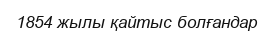
1854 жылы қайтыс болғандар